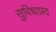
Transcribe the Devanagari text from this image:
सुविधाप्रद